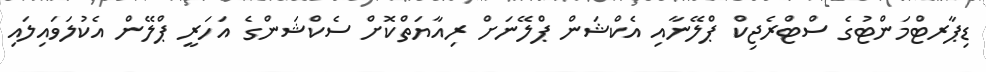
ޑިޕާރޓްމަންޓުގެ ސްޓްރެޖިކް ޕްލޭނާއި އެކްޝަން ޕްލޭނަށް ރިއާޔަތްކޮށް ސެކްޝަންގެ އަހަރީ ޕްލޭން އެކުލަވައިލައި